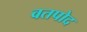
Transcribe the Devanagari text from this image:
वतपोद